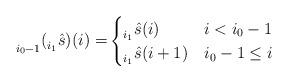
LaTeX: \begin{align*}\prescript{}{i_0-1}{(\prescript{}{i_1}{\hat{s}})}(i)=&\begin{cases}\prescript{}{i_1}{\hat{s}}(i)&i<i_0-1\\\prescript{}{i_1}{\hat{s}}(i+1)& i_0-1\leq i\end{cases}\end{align*}